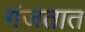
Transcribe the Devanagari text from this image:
गंजतात